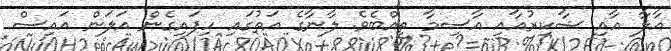
އާލާ އާއި ޝާކިރުއާއި އާސިމާ ތިއްބެވެ. ލާނާގެ އަތުގައި ހިފައިގެން އަލަން އައިސް